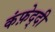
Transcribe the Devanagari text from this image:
कंफ़ेद्दी